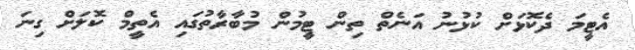
އެޓީމަ ދެކޮޅަށް ކުޅުނު އަނެތް ތިން ޓީމުން މުބާރާތުގައި އެތީމް ކޮލަށް ގިނަ